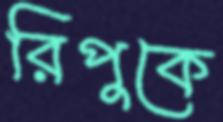
রিপুকে